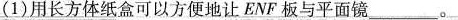
(1)用长方体纸盒可以方便地让ENF板与平面镜___